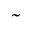
\, \tilde { } \,